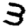
Digit: 3